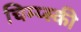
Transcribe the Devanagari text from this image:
चिम्प्स्की